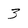
Character: 3